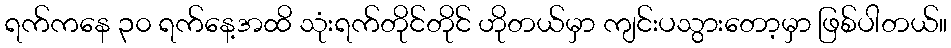
ရက်ကနေ ၃၀ ရက်နေ့အထိ သုံးရက်တိုင်တိုင် ဟိုတယ်မှာ ကျင်းပသွားတော့မှာ ဖြစ်ပါတယ်။